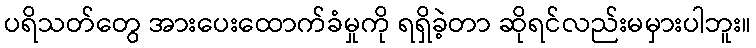
ပရိသတ်တွေ အားပေးထောက်ခံမှုကို ရရှိခဲ့တာ ဆိုရင်လည်းမမှားပါဘူး။